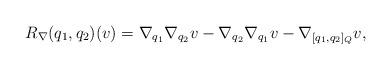
LaTeX: \begin{align*}R_\nabla(q_1,q_2)(v)=\nabla_{q_1}\nabla_{q_2}v-\nabla_{q_2}\nabla_{q_1}v-\nabla_{[q_1,q_2]_Q}v,\end{align*}